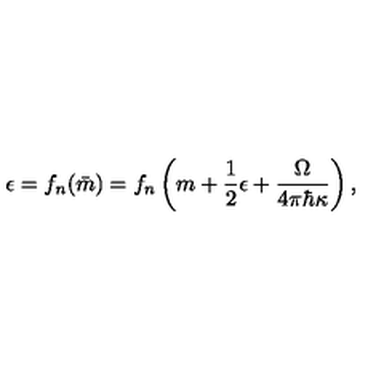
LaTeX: \epsilon = f _ { n } ( \bar { m } ) = f _ { n } \left( m + { \frac { 1 } { 2 } } \epsilon + { \frac { \Omega } { 4 \pi \hbar \kappa } } \right) ,